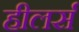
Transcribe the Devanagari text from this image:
हीलर्स